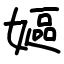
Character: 嫗